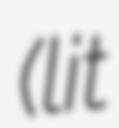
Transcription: (lit